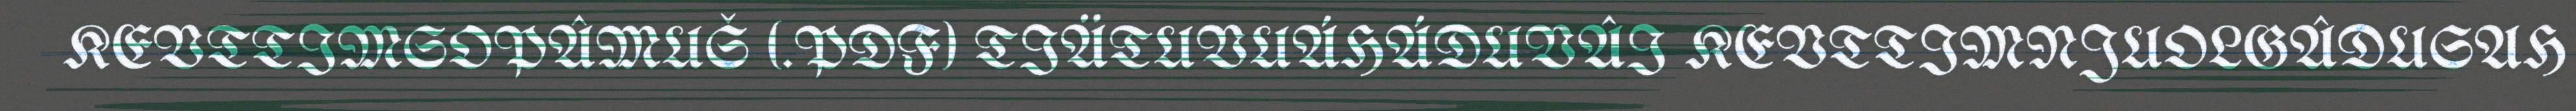
KEVTTIMSOPÂMUŠ (.PDF) TIÄTUVUÁHÁDUVÂI KEVTTIMNJUOLGÂDUSAH